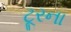
ટૂરના